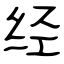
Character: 经